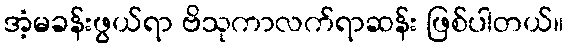
အံ့မခန်းဖွယ်ရာ ဗိသုကာလက်ရာဆန်း ဖြစ်ပါတယ်။